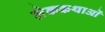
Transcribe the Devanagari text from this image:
लेककथाओं